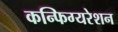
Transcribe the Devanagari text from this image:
कन्फिग्यरेशन